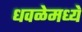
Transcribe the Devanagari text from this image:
धवळेमध्ये